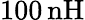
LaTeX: {100}\, \mathrm{nH}